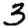
Digit: 3